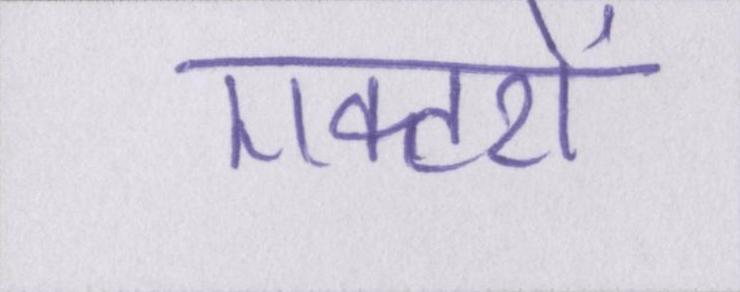
एक्टरों